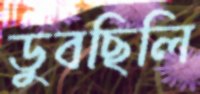
ডুবছিলি